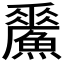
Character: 𩻢